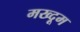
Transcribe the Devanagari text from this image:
मख्दूम